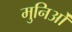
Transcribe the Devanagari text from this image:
मुनिओं